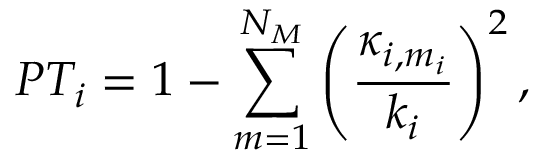
P T _ { i } = 1 - \sum _ { m = 1 } ^ { N _ { M } } \left( \frac { \kappa _ { i , m _ { i } } } { k _ { i } } \right) ^ { 2 } ,